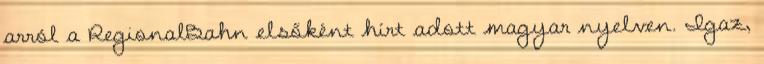
arról a RegionalBahn elsőként hírt adott magyar nyelven. Igaz,